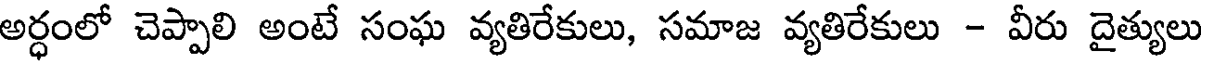
అర్ధంలో చెప్పాలి అంటే సంఘ వ్యతిరేకులు, సమాజ వ్యతిరేకులు - వీరు దైత్యులు